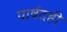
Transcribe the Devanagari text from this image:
पार्षदही